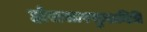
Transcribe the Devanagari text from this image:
होरासारसुधानिधि